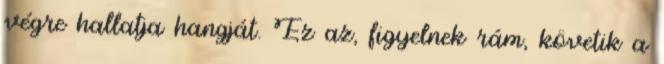
végre hallatja hangját. Ez az, figyelnek rám, követik a